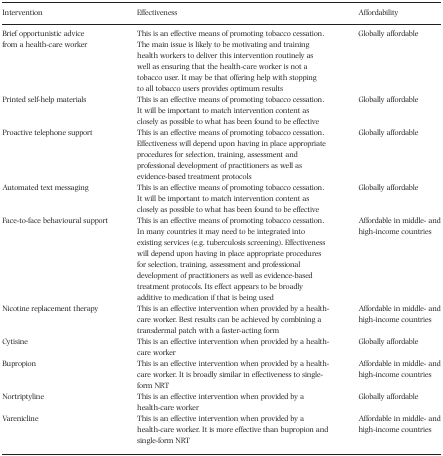
| Intervention | Effectiveness | Affordability |
 | --- | --- | --- |
 | Brief opportunistic advice from a health‐care worker | This is an effective means of promoting tobacco cessation. The main issue is likely to be motivating and training health workers to deliver this intervention routinely as well as ensuring that the health‐care worker is not a tobacco user. It may be that offering help with stopping to all tobacco users provides optimum results | Globally affordable |
 | Printed self‐help materials | This is an effective means of promoting tobacco cessation. It will be important to match intervention content as closely as possible to what has been found to be effective | Globally affordable |
 | Proactive telephone support | This is an effective means of promoting tobacco cessation. Effectiveness will depend upon having in place appropriate procedures for selection, training, assessment and professional development of practitioners as well as evidence‐based treatment protocols | Globally affordable |
 | Automated text messaging | This is an effective means of promoting tobacco cessation. It will be important to match intervention content as closely as possible to what has been found to be effective | Globally affordable |
 | Face‐to‐face behavioural support | This is an effective means of promoting tobacco cessation. In many countries it may need to be integrated into existing services (e.g. tuberculosis screening). Effectiveness will depend upon having in place appropriate procedures for selection, training, assessment and professional development of practitioners as well as evidence‐based treatment protocols. Its effect appears to be broadly additive to medication if that is being used | Affordable in middle‐ and high‐income countries |
 | Nicotine replacement therapy | This is an effective intervention when provided by a health‐care worker. Best results can be achieved by combining a transdermal patch with a faster‐acting form | Affordable in middle‐ and high‐income countries |
 | Cytisine | This is an effective intervention when provided by a health‐care worker | Globally affordable |
 | Bupropion | This is an effective intervention when provided by a health‐care worker. It is broadly similar in effectiveness to single‐form NRT | Affordable in middle‐ and high‐income countries |
 | Nortriptyline | This is an effective intervention when provided by a health‐care worker | Globally affordable |
 | Varenicline | This is an effective intervention when provided by a health‐care worker. It is more effective than bupropion and single‐form NRT | Affordable in middle‐ and high‐income countries |